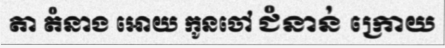
តា តំនាង អោយ កូនចៅ ជំនាន់ ក្រោយ